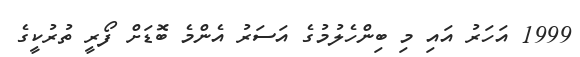
1999 އަހަރު އައި މި ބިންހެލުމުގެ އަސަރު އެންމެ ބޮޑަށް ފޯރީ ތުރުކީގެ